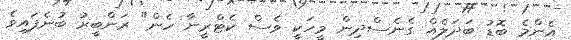
އެންމެ ބޮޑު ބަދަލެއް ގެނެސްދިން މީހަކީ ވެސް ކެޓްރީނާ ހެން" ރަންބީރު ބުނެފައިވެ